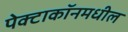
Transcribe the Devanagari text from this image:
पेक्टाकॉनमधील